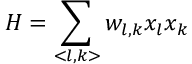
H = \sum _ { < l , k > } w _ { l , k } x _ { l } x _ { k }